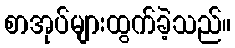
စာအုပ်များထွက်ခဲ့သည်။